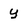
Character: y